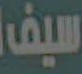
سيف